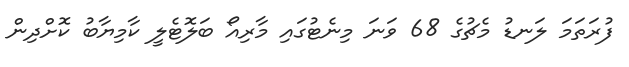
ފުރަތަމަ ލަނޑު މެޗުގެ 68 ވަނަ މިނެޓުގައި މާރިއޯ ބަލޮޓެލީ ކާމިޔާބު ކޮށްދިން